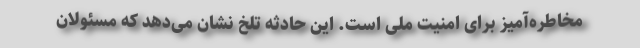
مخاطره‌آمیز برای امنیت ملی است. این حادثه تلخ نشان می‌دهد که مسئولان